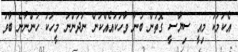
އެކަމަކު މިއީ ސިޔާސީ ގޮތުން ބުނާ ވާހަކައެއްކަން ނުދަންނަ މީހަކު ހުންނާނެ ބާވަ